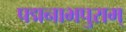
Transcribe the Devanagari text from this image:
पद्मनाभपुराम्